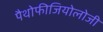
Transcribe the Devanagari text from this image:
पैथोफीजियोलोजी